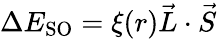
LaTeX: \Delta E_{\mathrm{SO}}=\xi(r){\vec{L}}\cdot{\vec{S}}